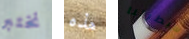
نختبر هذه سيطرتنا